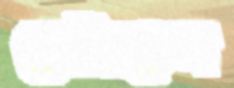
মেটাতেন